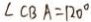
\angle C B A = 1 2 0 ^ { \circ }